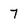
Character: 7